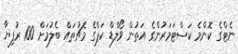
ނެޓްގެ ކޮންމެ ކަސްޓަމަރުންގެ އަތުން ވޯލްޑް ކަޕްގެ މެޗުތައް ބެލުމަށް 100 ރުފިޔާ